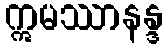
ဣမဿာနန္ဒ